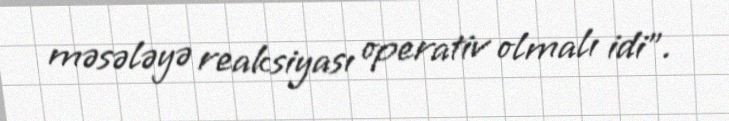
məsələyə reaksiyası operativ olmalı idi”.